Vaccination in Burma 1920-1933 - 1920-1933
Year: 1920
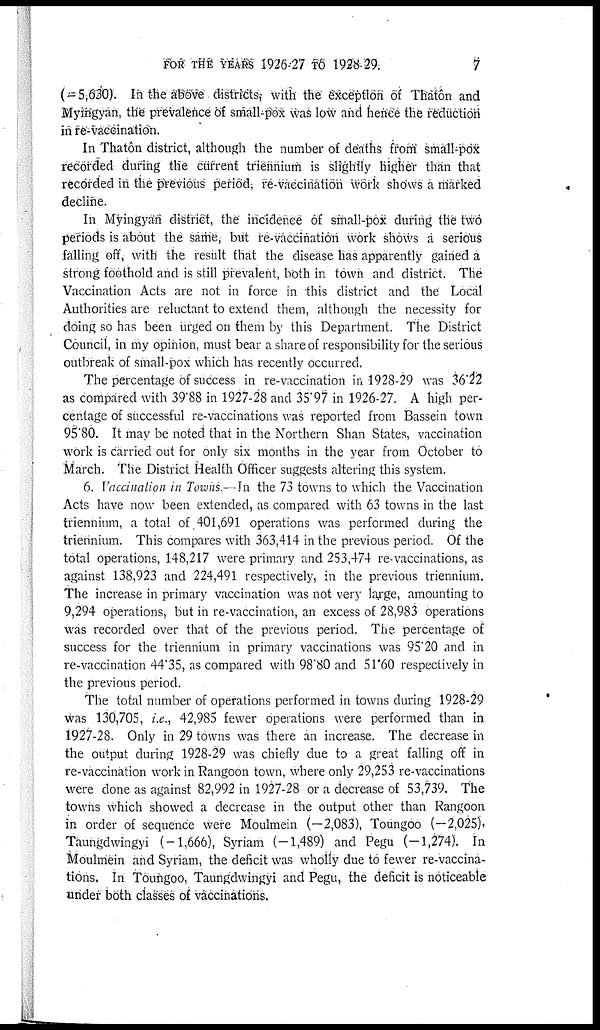
FOR THE YEARS 1926-27 TO 1928-29.
7
(=5,630). In the above districts, with the exception of Thatôn and
Myingyan, the prevalence of small-pox was low and hence the reduction
in re-vaccination.
In Thatôn district, although the number of deaths from small-pox
recorded during the current triennium is slightly higher than that
recorded in the previous period; re-vaccination work shows a marked
decline.
In Myingyan district, the incidence of small-pox during the two
periods is about the same, but re-vaccination work shows a serious
falling off, with the result that the disease has apparently gained a
strong foothold and is still prevalent, both in town and district. The
Vaccination Acts are not in force in this district and the Local
Authorities are reluctant to extend them, although the necessity for
doing so has been urged on them by this Department. The District
Council, in my opinion, must bear a share of responsibility for the serious
outbreak of small-pox which has recently occurred.
The percentage of success in re-vaccination in 1928-29 was 36.22
as compared with 39.88 in 1927-28 and 35.97 in 1926-27. A high per-
centage of successful re-vaccinations was reported from Bassein town
95.80. It may be noted that in the Northern Shan States, vaccination
work is carried out for only six months in the year from October to
March. The District Health Officer suggests altering this system.
6. Vaccination in Towns.—In the 73 towns to which the Vaccination
Acts have now been extended, as compared with 63 towns in the last
triennium, a total of,401,691 operations was performed during the
triennium. This compares with 363,414 in the previous period. Of the
total operations, 148,217 were primary and 253,474 re-vaccinations, as
against 138,923 and 224,491 respectively, in the previous triennium.
The increase in primary vaccination was not very large, amounting to
9,294 operations, but in re-vaccination, an excess of 28,983 operations
was recorded over that of the previous period. The percentage of
success for the triennium in primary vaccinations was 95.20 and in
re-vaccination 44.35, as compared with 98.80 and 51.60 respectively in
the previous period.
The total number of operations performed in towns during 1928-29
was 130,705, i.e., 42,985 fewer operations were performed than in
1927-28. Only in 29 towns was there an increase. The decrease in
the output during 1928-29 was chiefly due to a great falling off in
re-vaccination work in Rangoon town, where only 29,253 re-vaccinations
were done as against 82,992 in 1927-28 or a decrease of 53,739. The
towns which showed a decrease in the output other than Rangoon
in order of sequence were Moulmein (—2,083), Toungoo (—2,025),
Taungdwingyi (-1,666), Syriam (-1,489) and Pegu (-1,274). In
Moulmein and Syriam, the deficit was wholly due to fewer re-vaccina-
tions. In Toungoo, Taungdwingyi and Pegu, the deficit is noticeable
under both classes of vaccinations.